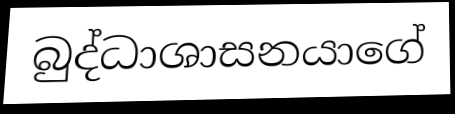
බුද්ධාශාසනයාගේ